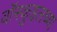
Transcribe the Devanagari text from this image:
वॉस्कुइलच्या